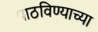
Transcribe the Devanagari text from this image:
पाठविण्याच्या